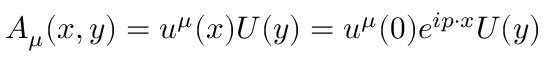
A _ { \mu } ( x , y ) = u ^ { \mu } ( x ) U ( y ) = u ^ { \mu } ( 0 ) e ^ { i p \cdot x } U ( y )